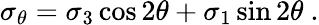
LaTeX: \sigma_{\theta}=\sigma_{3}\cos 2\theta+\sigma_{1}\sin 2\theta~.